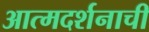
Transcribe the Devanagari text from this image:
आत्मदर्शनाची